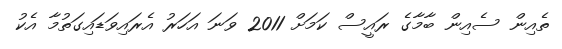
ތެއިން ސެއިން ބާމާގެ ރައީސް ކަމަށް 2011 ވަނަ އަހަރު އެރައިވަޑައިގަތުމާ އެކު